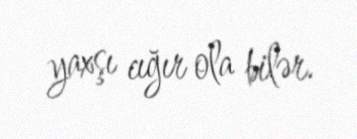
yaxşı cığır ola bilər.